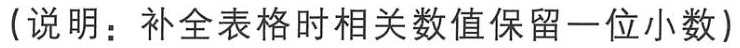
(说明：补全表格时相关数值保留一位小数)